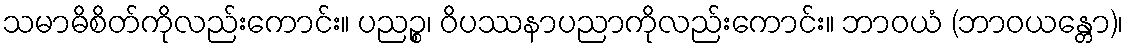
သမာဓိစိတ်ကိုလည်းကောင်း။ ပညဉ္စ၊ ဝိပဿနာပညာကိုလည်းကောင်း။ ဘာဝယံ (ဘာဝယန္တော)၊